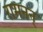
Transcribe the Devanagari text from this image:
रामनन्‌